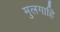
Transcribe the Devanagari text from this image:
मुलगाहि